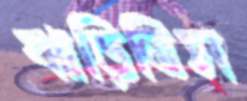
ঝাড়িতিস